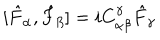
[ \hat { F } _ { \alpha } , \hat { F } _ { \beta } ] = i C _ { \alpha \beta } ^ { \gamma } \hat { F } _ { \gamma }